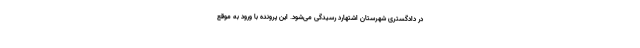
در دادگستری شهرستان اشتهارد رسیدگی می‌شود. این پرونده با ورود به موقع